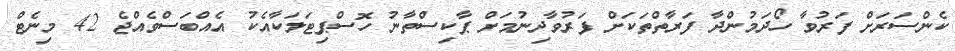
ކެންސަރަށް ފަރުވާ ހޯދަމުންދާ ފަރާތްތަކަށް ފަރުވާދިނުމަށް ޕާކިސްތާނު ހޮސްޕިޓަލަކާއެކު އެއްބަސްވެއްޖެ 42 މިނެޓް